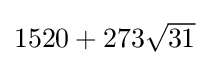
{\textstyle 1520+273{\sqrt {31}}}